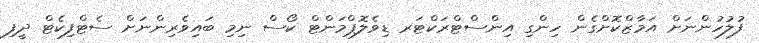
ފުލުހުންނަށް އަމާޒްކޮށްގެން ހިންގި އިންސްޓްރަކްޓަރ ޑިވެލޮޕްމަންޓް ކޯސް ނިމި ބައިވެރިންނަށް ސެޓްފިކެޓް ދީފި